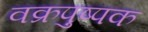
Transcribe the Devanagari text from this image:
वक्रपुष्पक